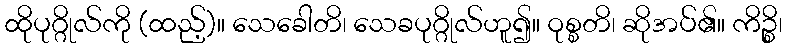
ထိုပုဂ္ဂိုလ်ကို (ထည့်)။ သေခေါတိ၊ သေခပုဂ္ဂိုလ်ဟူ၍။ ဝုစ္စတိ၊ ဆိုအပ်၏။ ကိဉ္စိ၊